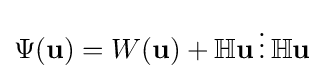
\Psi ({\mathbf {u}})=W({\mathbf {u}})+\mathbb {H} {\mathbf {u}}\,{\boldsymbol {\scriptstyle {\vdots }}}\,\mathbb {H} {\mathbf {u}}